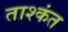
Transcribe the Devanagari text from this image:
ताश्कंत